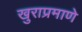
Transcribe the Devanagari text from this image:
खुराप्रमाणे